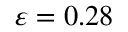
\varepsilon = 0 . 2 8